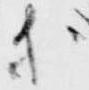
等